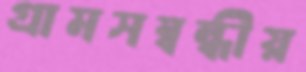
গ্রামসম্বন্ধীয়